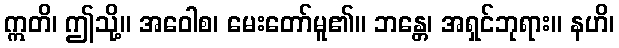
ဣတိ၊ ဤသို့။ အဝေါစ၊ မေးတော်မူ၏။ ဘန္တေ၊ အရှင်ဘုရား။ နဟိ၊